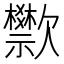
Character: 𬅴